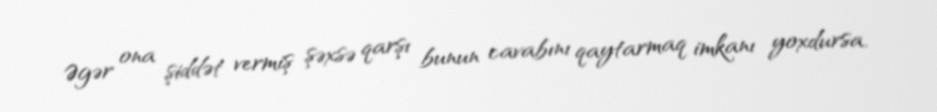
Əgər ona şiddət vermiş şəxsə qarşı bunun cavabını qaytarmaq imkanı yoxdursa,